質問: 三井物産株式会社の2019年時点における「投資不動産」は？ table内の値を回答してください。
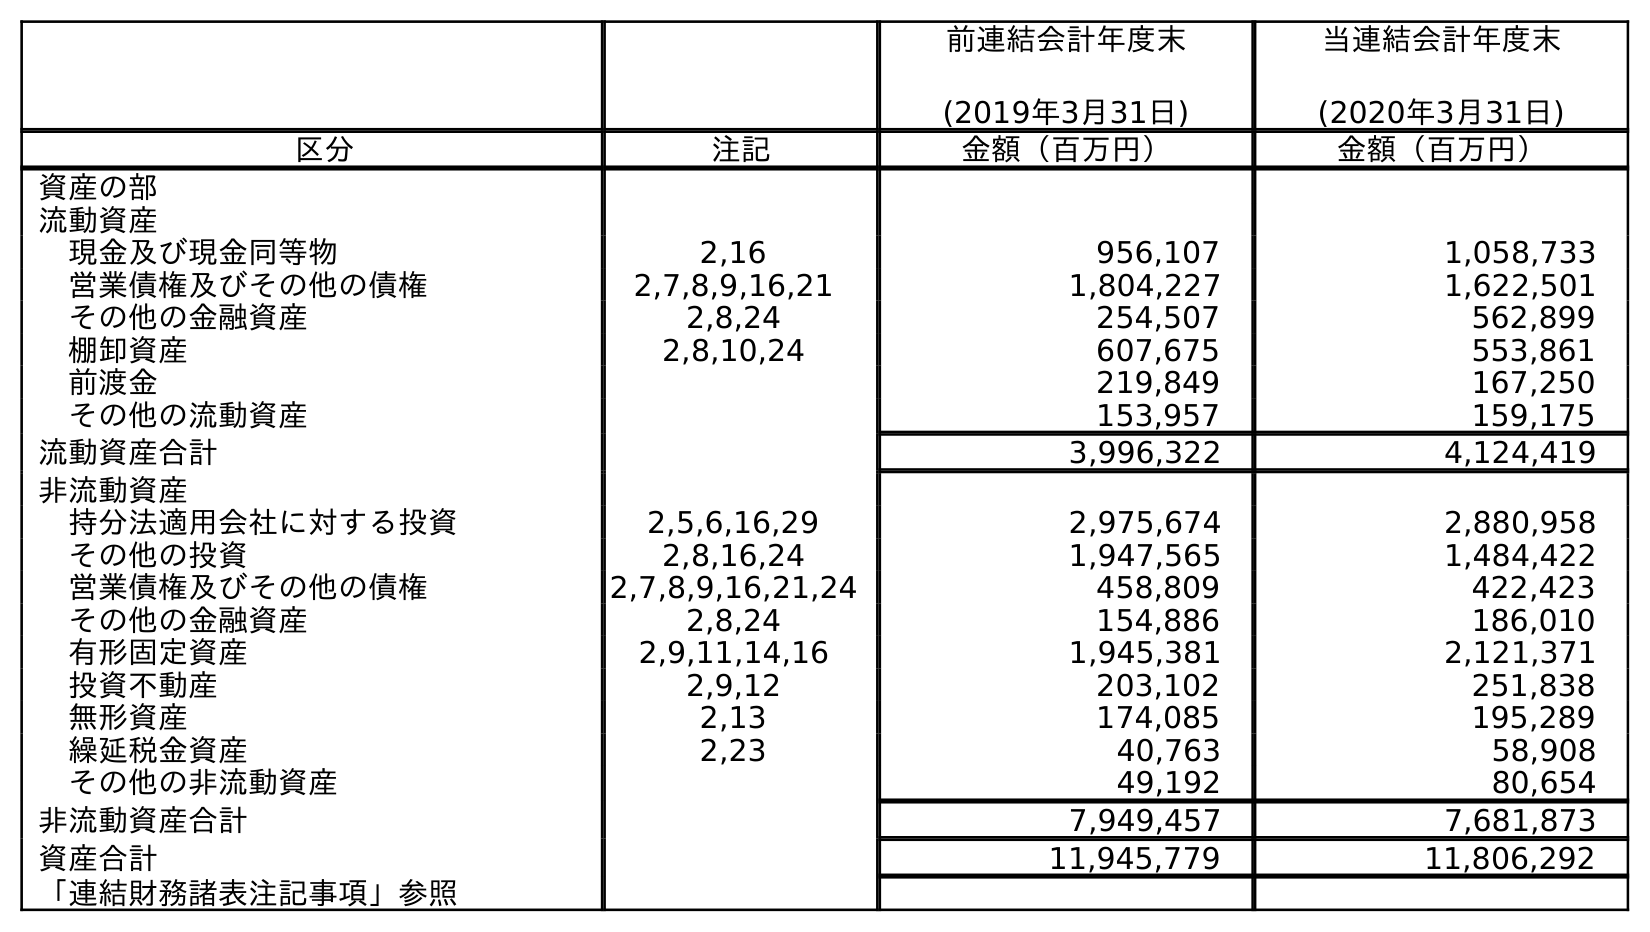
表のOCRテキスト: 前連結会計年度末 (2019年3月31日) 当連結会計年度末 (2020年3月31日) 区分 注記 金額（百万円） 金額（百万円） 資産の部 流動資産 現金及び現金同等物 2,16 956,107 1,058,733 営業債権及びその他の債権 2,7,8,9,16,21 1,804,227 1,622,501 その他の金融資産 2,8,24 254,507 562,899 棚卸資産 2,8,10,24 607,675 553,861 前渡金 219,849 167,250 その他の流動資産 153,957 159,175 流動資産合計 3,996,322 4,124,419 非流動資産 持分法適用会社に対する投資 2,5,6,16,29 2,975,674 2,880,958 その他の投資 2,8,16,24 1,947,565 1,484,422 営業債権及びその他の債権 2,7,8,9,16,21,24 458,809 422,423 その他の金融資産 2,8,24 154,886 186,010 有形固定資産 2,9,11,14,16 1,945,381 2,121,371 投資不動産 2,9,12 203,102 251,838 無形資産 2,13 174,085 195,289 繰延税金資産 2,23 40,763 58,908 その他の非流動資産 49,192 80,654 非流動資産合計 7,949,457 7,681,873 資産合計 11,945,779 11,806,292 「連結財務諸表注記事項」参照
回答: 203,102